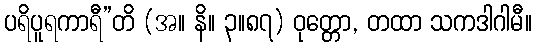
ပရိပူရကာရီ”တိ (အ။ နိ။ ၃။၈၇) ဝုတ္တော, တထာ သကဒါဂါမီ။